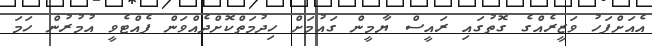
އެއަށްފަހު ވަޒީރެއްގެ ގޮތުގައި ރައީސް ޔާމީން ގައުމަށް ހިދުމަތްކޮށްދެއްވަން ފެއްޓެވީ އުމުރުން ހަމަ